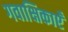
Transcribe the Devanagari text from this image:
गवाक्षिकाएँ